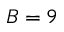
B = 9